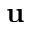
\textbf { u }